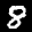
Label: 8